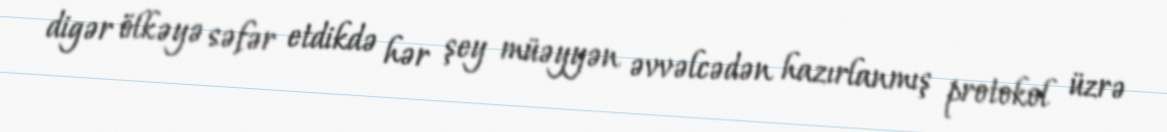
digər ölkəyə səfər etdikdə hər şey müəyyən əvvəlcədən hazırlanmış protokol üzrə